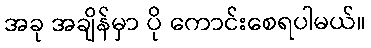
အခု အချိန်မှာ ပို ကောင်းစေရပါမယ်။